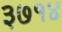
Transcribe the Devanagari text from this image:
३७१४